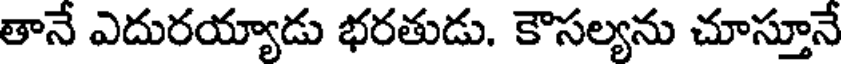
తానే ఎదురయ్యాడు భరతుడు. కౌసల్యను చూస్తూనే